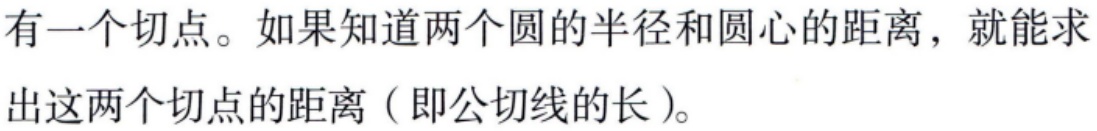
有一个切点。如果知道两个圆的半径和圆心的距离，就能求出这两个切点的距离（即公切线的长）。